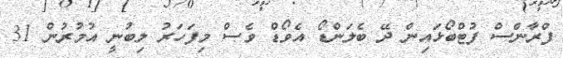
ފްރާންސް ފުޓްބޯޅައިން ދޭ ބެލަންޑޯ އެވޯޑް ވެސް މިފަހަރު ލިބުނީ އުމުރުން 31